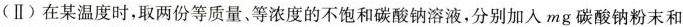
(Ⅱ)在某温度时，取两份等质量、等浓度的不饱和碳酸钠溶液，分别加入mg碳酸钠粉末和